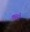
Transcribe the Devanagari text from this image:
फल्ने